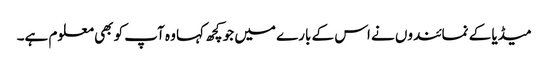
میڈیا کے نمائندوں نے اس کے بارے میں جو کچھ کہا وہ آپ کو بھی معلوم ہے۔